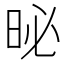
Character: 𪰗